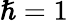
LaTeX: \hslash=1